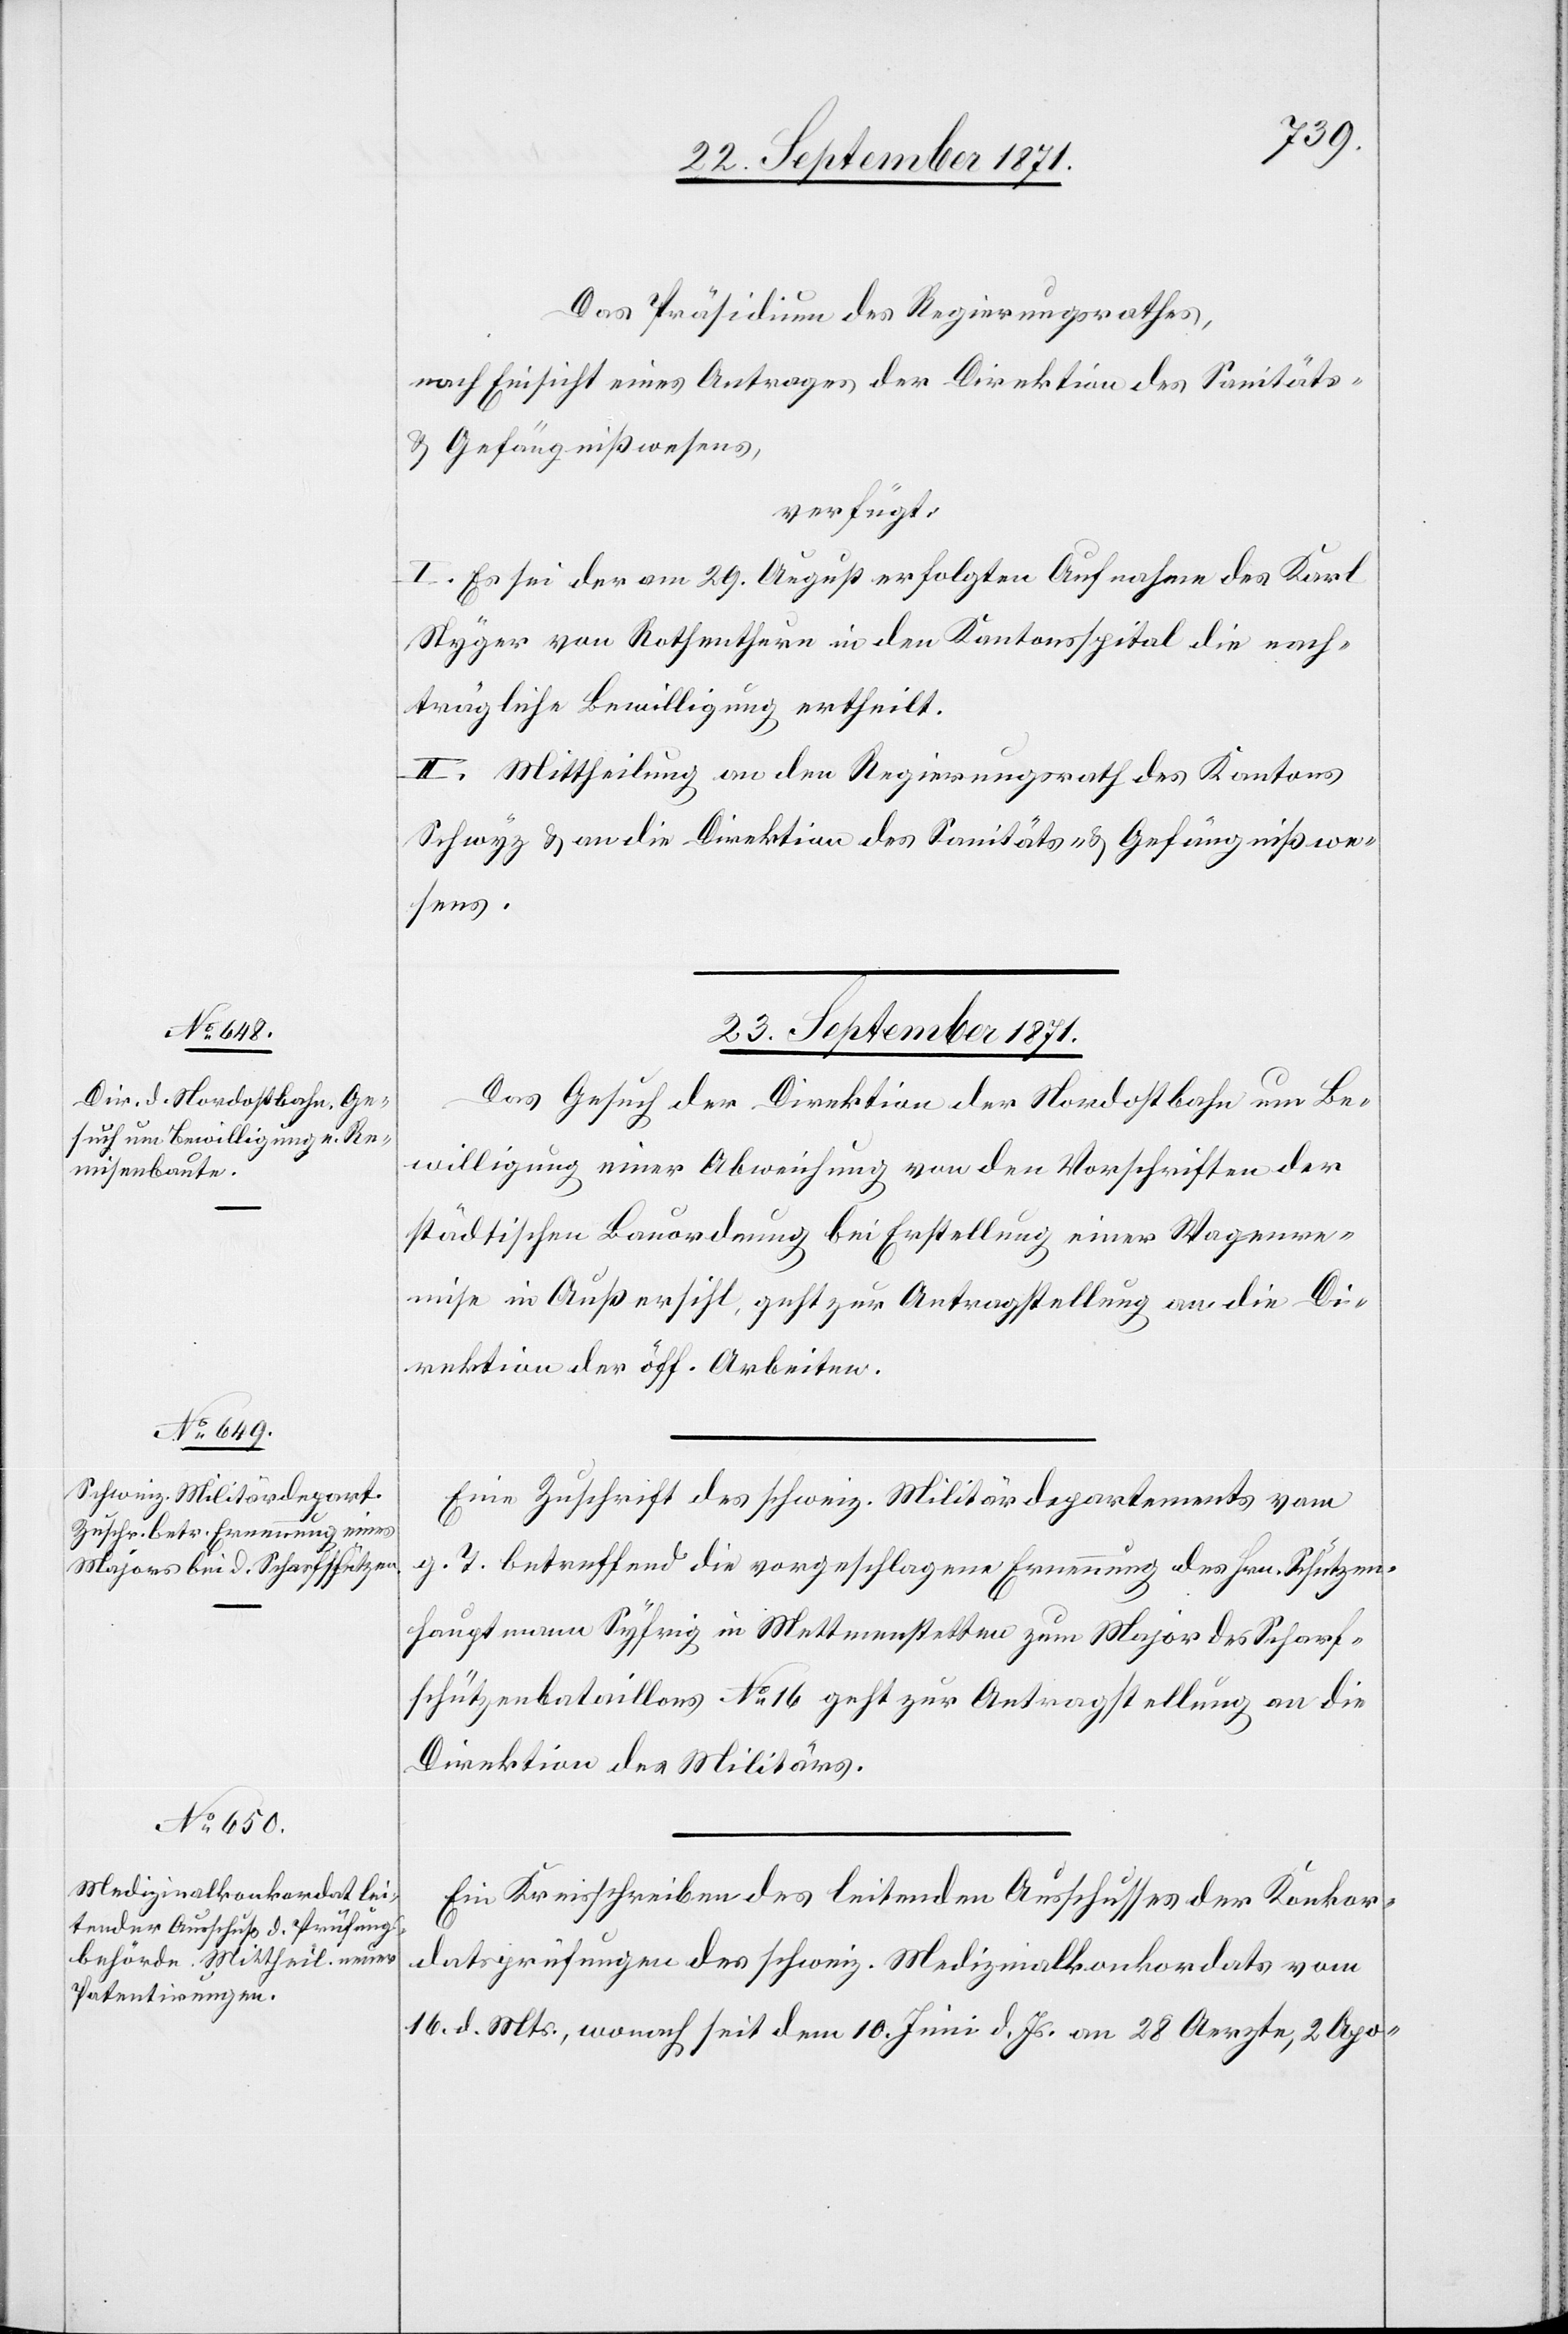
Das Präsidium des Regierungsrathes,
nach Einsicht eines Antrages der Direktion des Sanitäts-
& Gefängnißwesens,
verfügt:
I. Es sei der am 29. August erfolgten Aufnahme des Karl
Styger von Rothenthurm in den Kantonsspital die nach¬
trägliche Bewilligung ertheilt.
II. Mittheilung an den Regierungsrath des Kantons
Schwyz & an die Direktion des Sanitäts- & Gefängnißwe¬
sens.
23. September 1871.]
Das Gesuch der Direktion der Nordostbahn um Be¬
willigung einer Abweichung von den Vorschriften der
städtischen Bauordnung bei Erstellung einer Wagenre¬
mise in Außersihl, geht zur Antragstellung an die Di¬
rektion der öff. Arbeiten.
Eine Zuschrift des schweiz. Militärdepartements vom
g. T. betreffend die vorgeschlagene Ernennung des Hrn. Schützen¬
hauptmann Syfrig in Mettmenstetten zum Major des Scharf¬
schützenbataillons No 16 geht zur Antragstellung an die
Direktion des Militärs.
Ein Kreisschreiben des leitenden Ausschusses der Konkor¬
datsprüfungen des schweiz. Medinialkonkordats vom
16. d. Mts, wonach seit dem 10. Juni d. Js. an 28 Aerzte, 2 Apo-